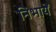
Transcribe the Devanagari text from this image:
निभायें